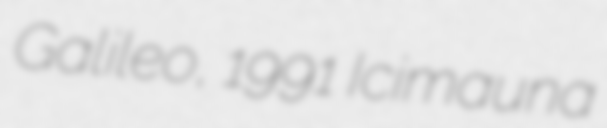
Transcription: Galileo, 1991 Icimauna